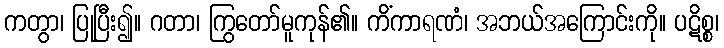
ကတွာ၊ ပြုပြီး၍။ ဂတာ၊ ကြွတော်မူကုန်၏။ ကိံကာရဏံ၊ အဘယ်အကြောင်းကို။ ပဋိစ္စ၊